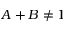
A + B \ne 1